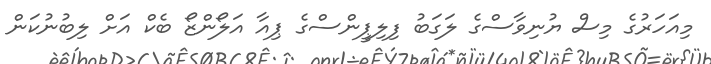
މިއަހަރުގެ މިސް ޔުނިވާސްގެ ލަގަބު ފިލިޕީންސްގެ ޕިއާ އަލޯންޒޯ ބެކް އަށް ލިބުނުކަން